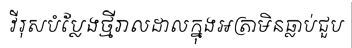
វីរុសបំប្លែងថ្មីរាលដាលក្នុងអត្រាមិនធ្លាប់ជួប